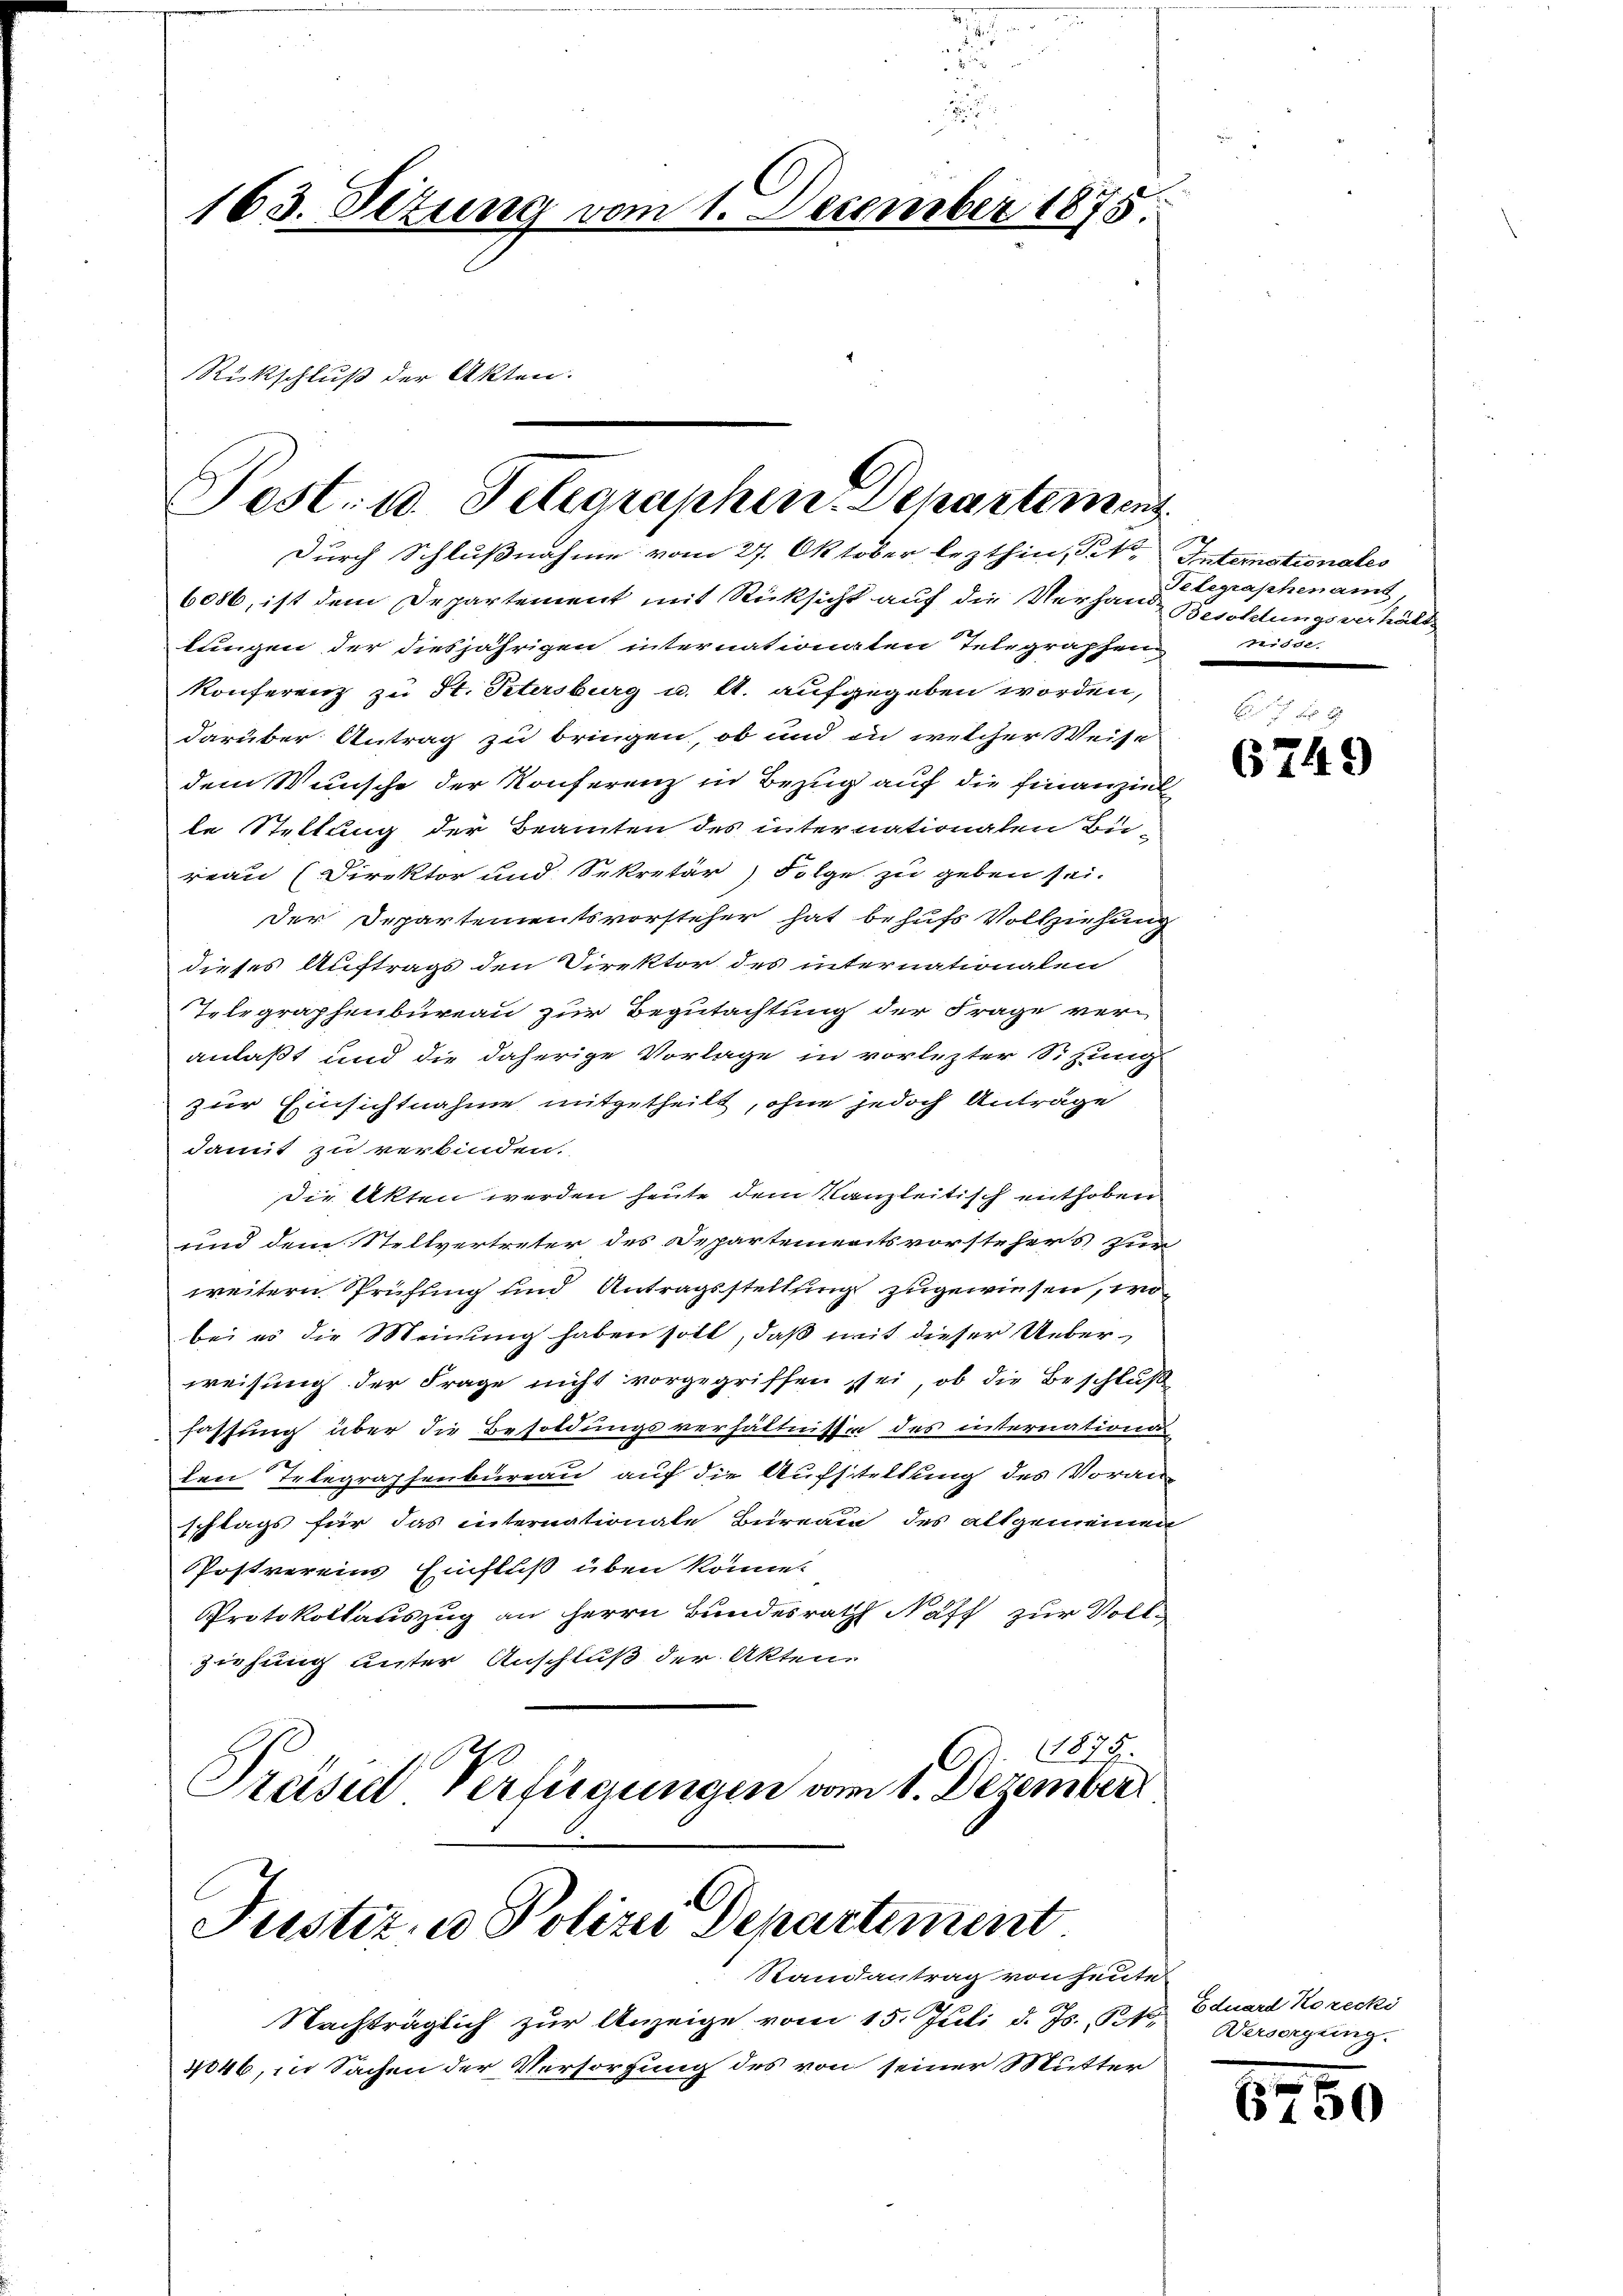
163. Setung vom 1. December 1875

Post. 10. Telegraphen. Departemen
durch Schlußnahme vom 27. Oktober lezthin, Tit. Interstionales

Rückschluß der Akten.

l
Justiz- u Polizei Departement
Randantrag von heute

6086, ist dem Departement mit Rücksicht auf die Verhan Berchtungsverhält
lungen der diesjährigen internationaten Telegraphennisse.
Konferenz zu St. Petersburg u. kl. aufgegeben worden,
darüber Antrag zu bringen, ob und in welcher Weise
dem Wunsche der Konferenz in Bezug auf die Finanziel
le Stellung der Beamten des internationalen Bu-
reau (Direktor und Sekretär Folge zu geben sei.
der Departementsvorsteher hat behufs Vollziehung
dieses Auftrags den Direktor des internationalen
Telegraphenbureau zur Begutachtung der Frage ver-
anlaßt und die daherige Vorlage in vorlezter Sitzung
zur Einsichtnahme mitgetheilt, ohne jedoch Anträge
damit zu verbinden.
Die Akten werden heute dem Kanzleitisch enthoben
und dem Stellvertreter des Departementsvorstehers zur
weitern Prüfung und Antragsstellung zugewiesen, wo
bei es die Meinung haben soll, daß mit dieser Ueberweisung der Frage nicht vorgegriffen sei, ob die Beschluß
fassung über die Besoldungsverhältnisse des internations-
den Telegraphenbureau auf die Aufstellung des Voran-
schlags für das internationale Büreau des allgemeinen
Postvereins Einfluß üben könne.
Protokollauszug an Herrn Bundesrath Naff zur Vollziehung unter Anschluß der Akten,
1875.
Preise Verfügungen vom 1. Dezember

Nachträglich zur Anzeige vom 15. Juli d. Js., N. Versorgung.
4846, in Sachen der Versorgung des von seiner Mutter

Telegraphenamt
e

6749

Eduard Korecki

6750